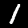
Digit: 1